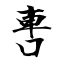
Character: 軎